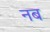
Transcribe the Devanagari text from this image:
नब